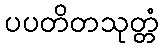
ပပတိတသုတ္တံ